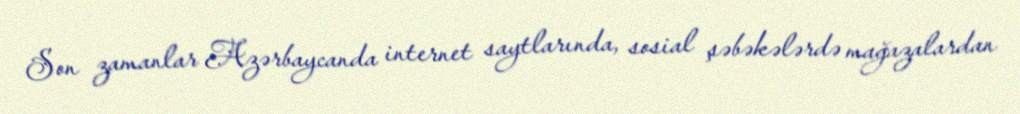
Son zamanlar Azərbaycanda internet saytlarında, sosial şəbəkələrdə mağazalardan